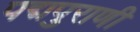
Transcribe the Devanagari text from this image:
पद्मपुराणी